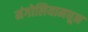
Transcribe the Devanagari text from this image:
मंगोलियामधून